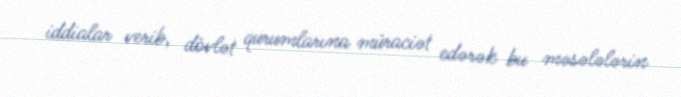
iddialar verib, dövlət qurumlarına müraciət edərək bu məsələlərin